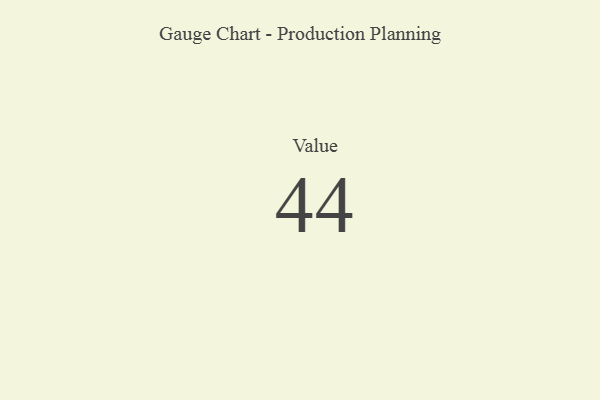
{"axis": {"x": "Metric", "y": "Value"}, "legend": [""], "data": [{"x": "Value", "y": 44, "type": ""}]}